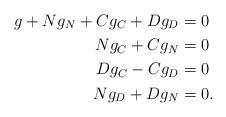
LaTeX: \begin{align*}g + N g_ N+ C g_C + D g_D&=0\\N g_C+C g_N&=0\\D g_C-C g_D&=0\\N g_D+D g_N&=0.\end{align*}